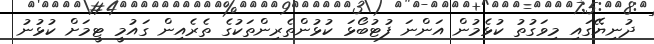
ދުނިޔޭގައި މިވަގުތު ކުޅެމުން އަންނަ ފުޓުބޯޅަ ކުޅުންތެރިންތަކުގެ ތެރެއިން ގައުމީ ޓީމަށް ކުޅުނު